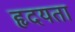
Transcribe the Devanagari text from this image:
हृदयता